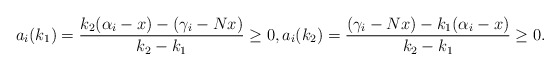
\begin{align*}a_i(k_1)=\frac{k_2(\alpha_i-x)-(\gamma_i-Nx)}{k_2-k_1}\ge 0,a_i(k_2)=\frac{(\gamma_i-Nx)-k_1(\alpha_i-x)}{k_2-k_1}\ge 0.\end{align*}